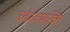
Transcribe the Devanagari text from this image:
उर्वरकशक्ति